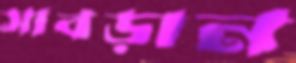
সাবড়ান